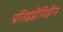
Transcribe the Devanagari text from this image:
प्रतिद्वंद्वीविहीन